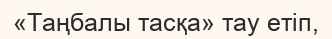
«Таңбалы тасқа» тау етіп,